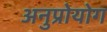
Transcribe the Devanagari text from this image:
अनुप्रोयोग